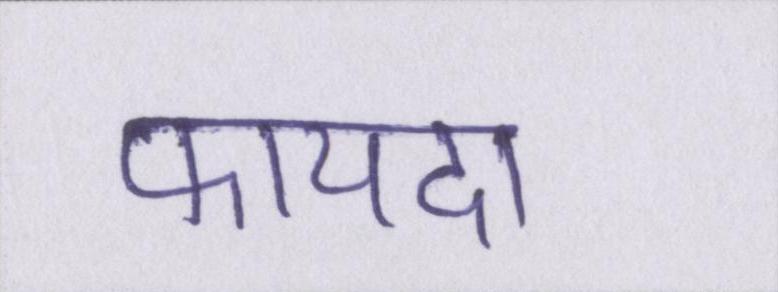
फायदा